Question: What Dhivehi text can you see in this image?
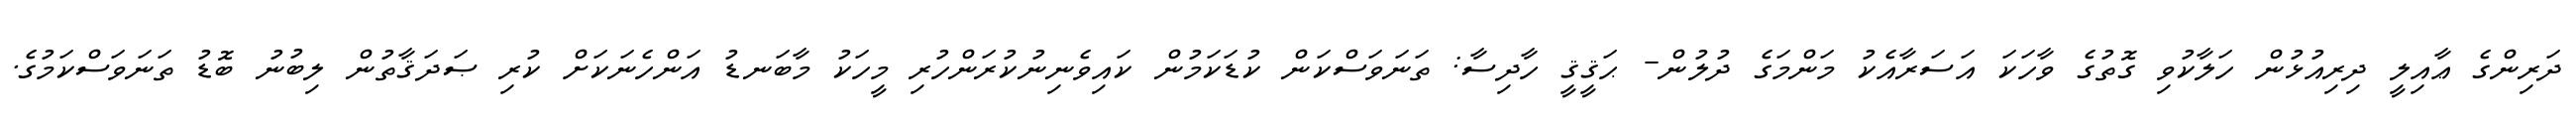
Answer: ދަރިންގެ ޢާއިލީ ދިރިއުޅުން ހަލާކުވި ގޮތުގެ ވާހަކަ އަސަރާއެކު މަންމަގެ ދުލުން- ޙަޤީޤީ ހާދިސާ: ތަނަވަސްކަން ކުޑަކަމުން ކައިވެނިނުކުރަންހުރި މީހަކު މާބަނޑު އަންހެނަކަށް ކުރި ޞަދަޤާތުން ލިބުނު ބޮޑު ތަނަވަސްކަމުގެ.